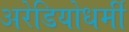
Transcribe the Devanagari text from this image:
अरेडियोधर्मी